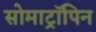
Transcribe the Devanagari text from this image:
सोमाट्रॉपिन